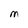
Character: M